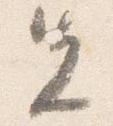
先